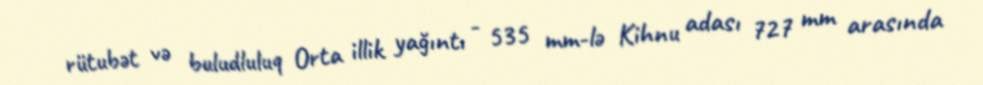
rütubət və buludluluq Orta illik yağıntı - 535 mm-lə Kihnu adası 727 mm arasında